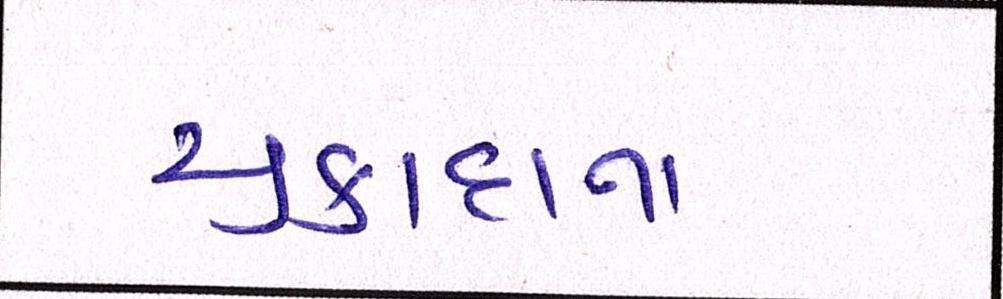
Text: ચુકાદાના